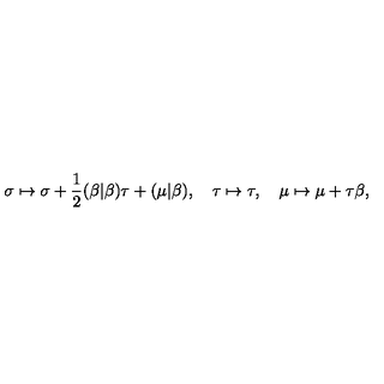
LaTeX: \sigma \mapsto \sigma + \frac 1 2 ( \beta | \beta ) \tau + ( \mu | \beta ) , \quad \tau \mapsto \tau , \quad \mu \mapsto \mu + \tau \beta ,